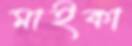
মাইকা